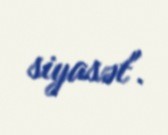
siyasət".